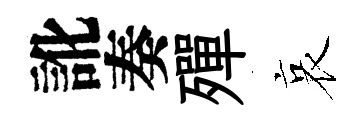
訛奏殫哀